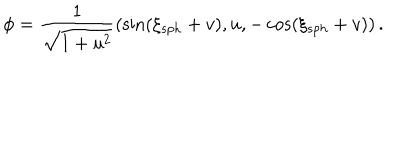
\phi = \frac { 1 } { \sqrt { 1 + u ^ { 2 } } } \left( \sin ( \xi _ { s p h } + v ) , u , - \cos ( \xi _ { s p h } + v ) \right) .